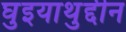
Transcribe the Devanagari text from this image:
घुइयाथुद्दीन